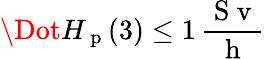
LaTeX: \Dot{H}_{\mathrm{~p~}}(3)\leq 1\, \frac{\mathrm{~S~v~}}{\mathrm{~h~}}